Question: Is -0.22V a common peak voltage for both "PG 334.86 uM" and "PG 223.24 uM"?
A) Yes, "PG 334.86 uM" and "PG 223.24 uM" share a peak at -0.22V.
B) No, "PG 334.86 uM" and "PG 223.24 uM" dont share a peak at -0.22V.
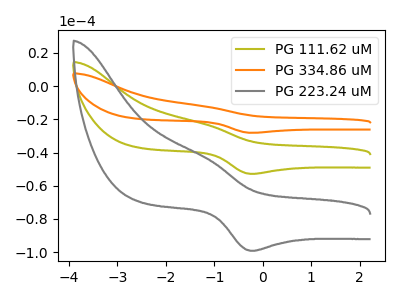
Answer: <think>The olive curve "PG 111.62 uM" has an anodic peak at (-1.20V, -22.90uA) and a cathodic peak at (-0.20V, -52.85uA). The orange curve "PG 334.86 uM" has an anodic peak at (-1.20V, -45.80uA) and a cathodic peak at (-0.20V, -105.65uA). The gray curve "PG 223.24 uM" has an anodic peak at (-1.20V, -43.00uA) and a cathodic peak at (-0.20V, -99.15uA).</think>
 <answer>A) Yes, "PG 334.86 uM" and "PG 223.24 uM" share a peak at -0.22V.</answer>
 <eval>A</eval>